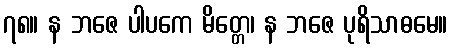
၇၈။ န ဘဇေ ပါပကေ မိတ္တေ၊ န ဘဇေ ပုရိသာဓမေ။